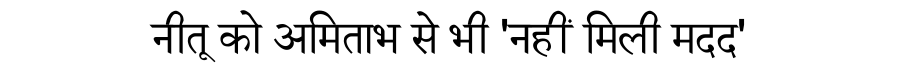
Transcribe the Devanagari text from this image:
नीतू को अमिताभ से भी 'नहीं मिली मदद'